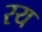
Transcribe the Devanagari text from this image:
रय